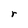
Character: r